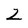
Character: z